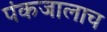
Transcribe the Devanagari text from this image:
पंकजालाच